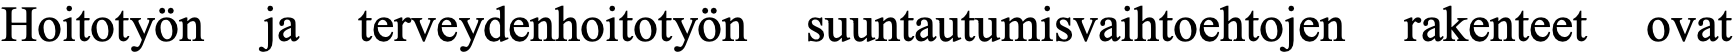
Hoitotyön ja terveydenhoitotyön suuntautumisvaihtoehtojen rakenteet ovat